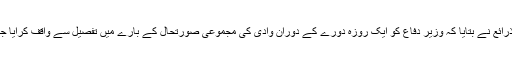
دفاعی ذرائع نے بتایا کہ وزیر دفاع کو ایک روزہ دورے کے دوران وادی کی مجموعی صورتحال کے بارے میں تفصیل سے واقف کرایا جائے گا۔